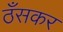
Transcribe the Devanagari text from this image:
ठँसकर